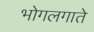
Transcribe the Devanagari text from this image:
भोगलगाते